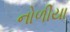
નોળીયા